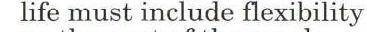
life must include flexibility